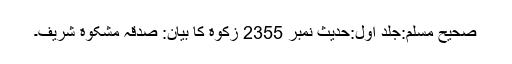
صحیح مسلم:جلد اول:حدیث نمبر 2355 زکوة کا بیان: صدقہ مشکوة شریف۔